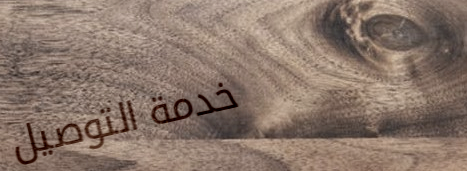
خدمة التوصيل